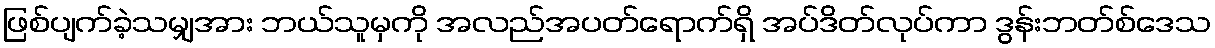
ဖြစ်ပျက်ခဲ့သမျှအား ဘယ်သူမှကို အလည်အပတ်ရောက်ရှိ အပ်ဒိတ်လုပ်ကာ ဒွန်းဘတ်စ်ဒေသ